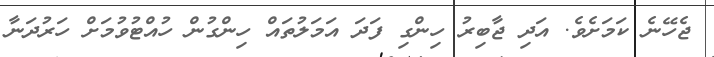
ޖެހޭނެ ކަމަށެވެ. އަދި ޖާބިރު ހިންގި ފަދަ އަމަލުތައް ހިންގުން ހުއްޓުވުމަށް ހަރުދަނާ